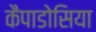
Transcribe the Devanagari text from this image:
कैपाडोसिया